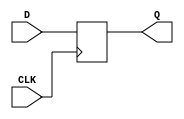
module myDFFN (output reg Q, input CLK, D);
	parameter [0:0] INIT = 1'b0;
	initial Q = INIT;
	always @(negedge CLK)
		Q <= D;
endmodule